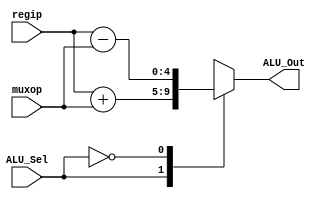
`timescale 1ns / 1ps
//////////////////////////////////////////////////////////////////////////////////
// Company: 
// Engineer: 
// 
// Design Name: 
// Module Name: alu
// Project Name: 
// Target Devices: 
// Tool Versions: 
// Description: 
// 
// Dependencies: 
// 
// Revision:
// Revision 0.01 - File Created
// Additional Comments:
// 
//////////////////////////////////////////////////////////////////////////////////


module alu(
           input [4:0] regip,muxop,  // ALU 8-bit Inputs                 
           input  ALU_Sel,// ALU Selection
           output reg [4:0] ALU_Out // ALU 8-bit Output
    );
    reg [4:0] ALU_Result;
   // assign ALU_Out = ALU_Result; // ALU out
    always @(*)
    begin
        case(ALU_Sel)
        1'b1: // Addition
           ALU_Out = regip + muxop ; 
        1'b0: // Subtraction
           ALU_Out = regip - muxop ;
        default: ALU_Out = regip + muxop ; 
        endcase
    end

endmodule